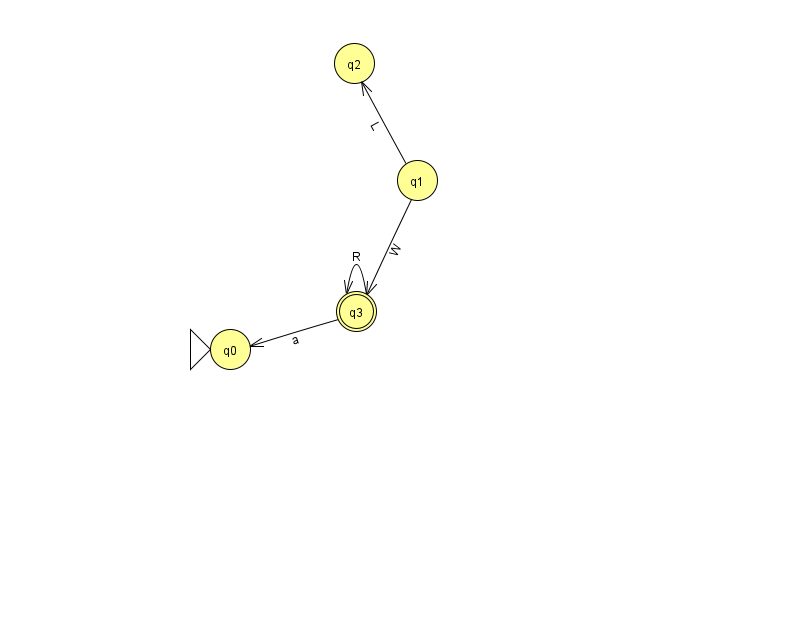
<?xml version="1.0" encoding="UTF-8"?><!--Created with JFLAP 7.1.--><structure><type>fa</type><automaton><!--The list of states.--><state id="0" name="q0"><x>230.0</x><y>336.0</y><initial/></state><state id="1" name="q1"><x>417.0</x><y>167.0</y></state><state id="2" name="q2"><x>354.0</x><y>50.0</y></state><state id="3" name="q3"><x>356.0</x><y>298.0</y><final/></state><!--The list of transitions.--><transition><from>3</from><to>3</to><read>R</read></transition><transition><from>3</from><to>0</to><read>a</read></transition><transition><from>1</from><to>3</to><read>W</read></transition><transition><from>1</from><to>2</to><read>L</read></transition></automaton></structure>